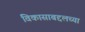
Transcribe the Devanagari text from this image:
विकासाबद्दलच्या